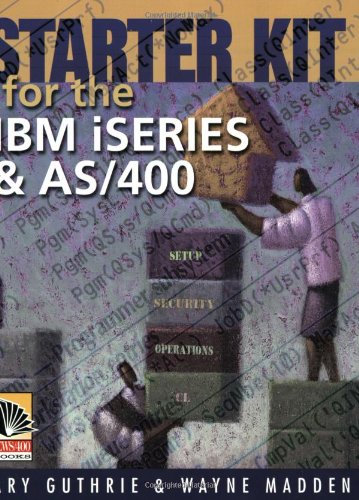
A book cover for Starter Kit for the IBM iSeries and AS/400; Wayne Madden; Computers & Technology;